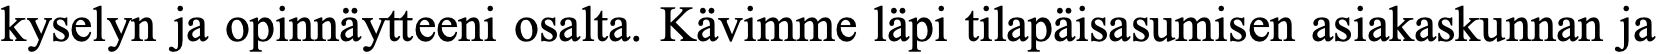
kyselyn ja opinnäytteeni osalta. Kävimme läpi tilapäisasumisen asiakaskunnan ja